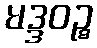
မဒ္ဒဝဉ္စ